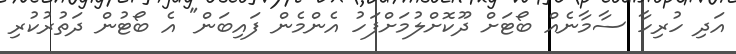
އަދި ހުރިހާ ސާމާނެއް ބޯޓަށް ދޫކޮށްލުމަށްފަހު އެންމެން ފައިބަން" އެ ބޯޓުން ދަތުރުކުރި